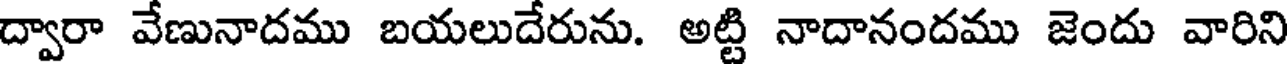
ద్వారా వేణునాదము బయలుదేరును. అట్టి నాదానందము జెందు వారిని